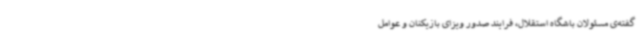
گفته‌ی مسئولان باشگاه استقلال،‌ فرایند صدور ویزای بازیکنان و عوامل